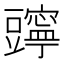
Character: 𧰗